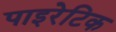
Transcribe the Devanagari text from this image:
पाइरेटिक